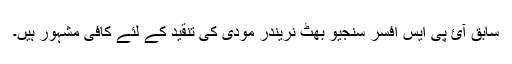
سابق آئ پی ایس افسر سنجیو بھٹ نریندر مودی کی تنقید کے لئے کافی مشہور ہیں۔